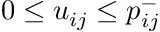
0 \leq u _ { i j } \leq p _ { i j } ^ { - }